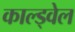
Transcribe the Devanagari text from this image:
काल्ड्वेल